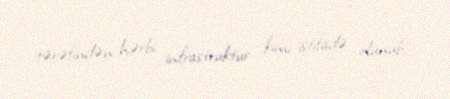
tərəfindən hərbi infrastruktur kimi istifadə olunub.